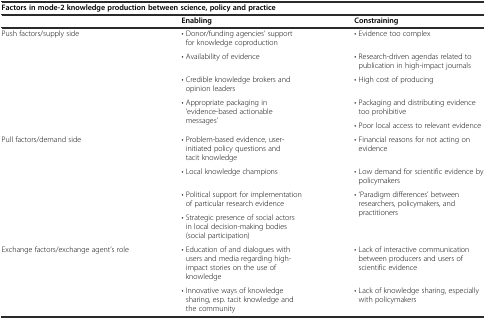
<table><thead><tr><td colspan="3"><b>Factors in mode-2 knowledge production between science, policy and practice</b></td></tr><tr><td></td><td><b>Enabling</b></td><td><b>Constraining</b></td></tr></thead><tbody><tr><td rowspan="5">Push factors/supply side</td><td>• Donor/funding agencies’ support for knowledge coproduction</td><td>• Evidence too complex</td></tr><tr><td>• Availability of evidence</td><td>• Research-driven agendas related to publication in high-impact journals</td></tr><tr><td>• Credible knowledge brokers and opinion leaders</td><td>• High cost of producing</td></tr><tr><td rowspan="2">• Appropriate packaging in ‘evidence-based actionable messages’</td><td>• Packaging and distributing evidence too prohibitive</td></tr><tr><td>• Poor local access to relevant evidence</td></tr><tr><td rowspan="4">Pull factors/demand side</td><td>• Problem-based evidence, user-initiated policy questions and tacit knowledge</td><td>• Financial reasons for not acting on evidence</td></tr><tr><td>• Local knowledge champions</td><td>• Low demand for scientific evidence by policymakers</td></tr><tr><td>• Political support for implementation of particular research evidence</td><td rowspan="2">• ‘Paradigm differences’ between researchers, policymakers, and practitioners</td></tr><tr><td>• Strategic presence of social actors in local decision-making bodies (social participation)</td></tr><tr><td rowspan="2">Exchange factors/exchange agent’s role</td><td>• Education of and dialogues with users and media regarding high-impact stories on the use of knowledge</td><td>• Lack of interactive communication between producers and users of scientific evidence</td></tr><tr><td>• Innovative ways of knowledge sharing, esp. tacit knowledge and the community</td><td>• Lack of knowledge sharing, especially with policymakers</td></tr></tbody></table>